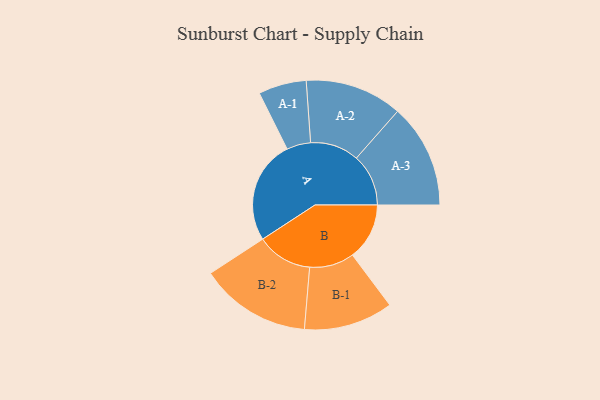
{"axis": {"x": "Segment", "y": "Value"}, "legend": ["", "A", "B"], "data": [{"x": "A", "y": 487, "type": ""}, {"x": "B", "y": 268, "type": ""}, {"x": "A-1", "y": 113, "type": "A"}, {"x": "A-2", "y": 229, "type": "A"}, {"x": "A-3", "y": 245, "type": "A"}, {"x": "B-1", "y": 210, "type": "B"}, {"x": "B-2", "y": 262, "type": "B"}]}